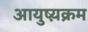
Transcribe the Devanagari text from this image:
आयुष्य़क्रम